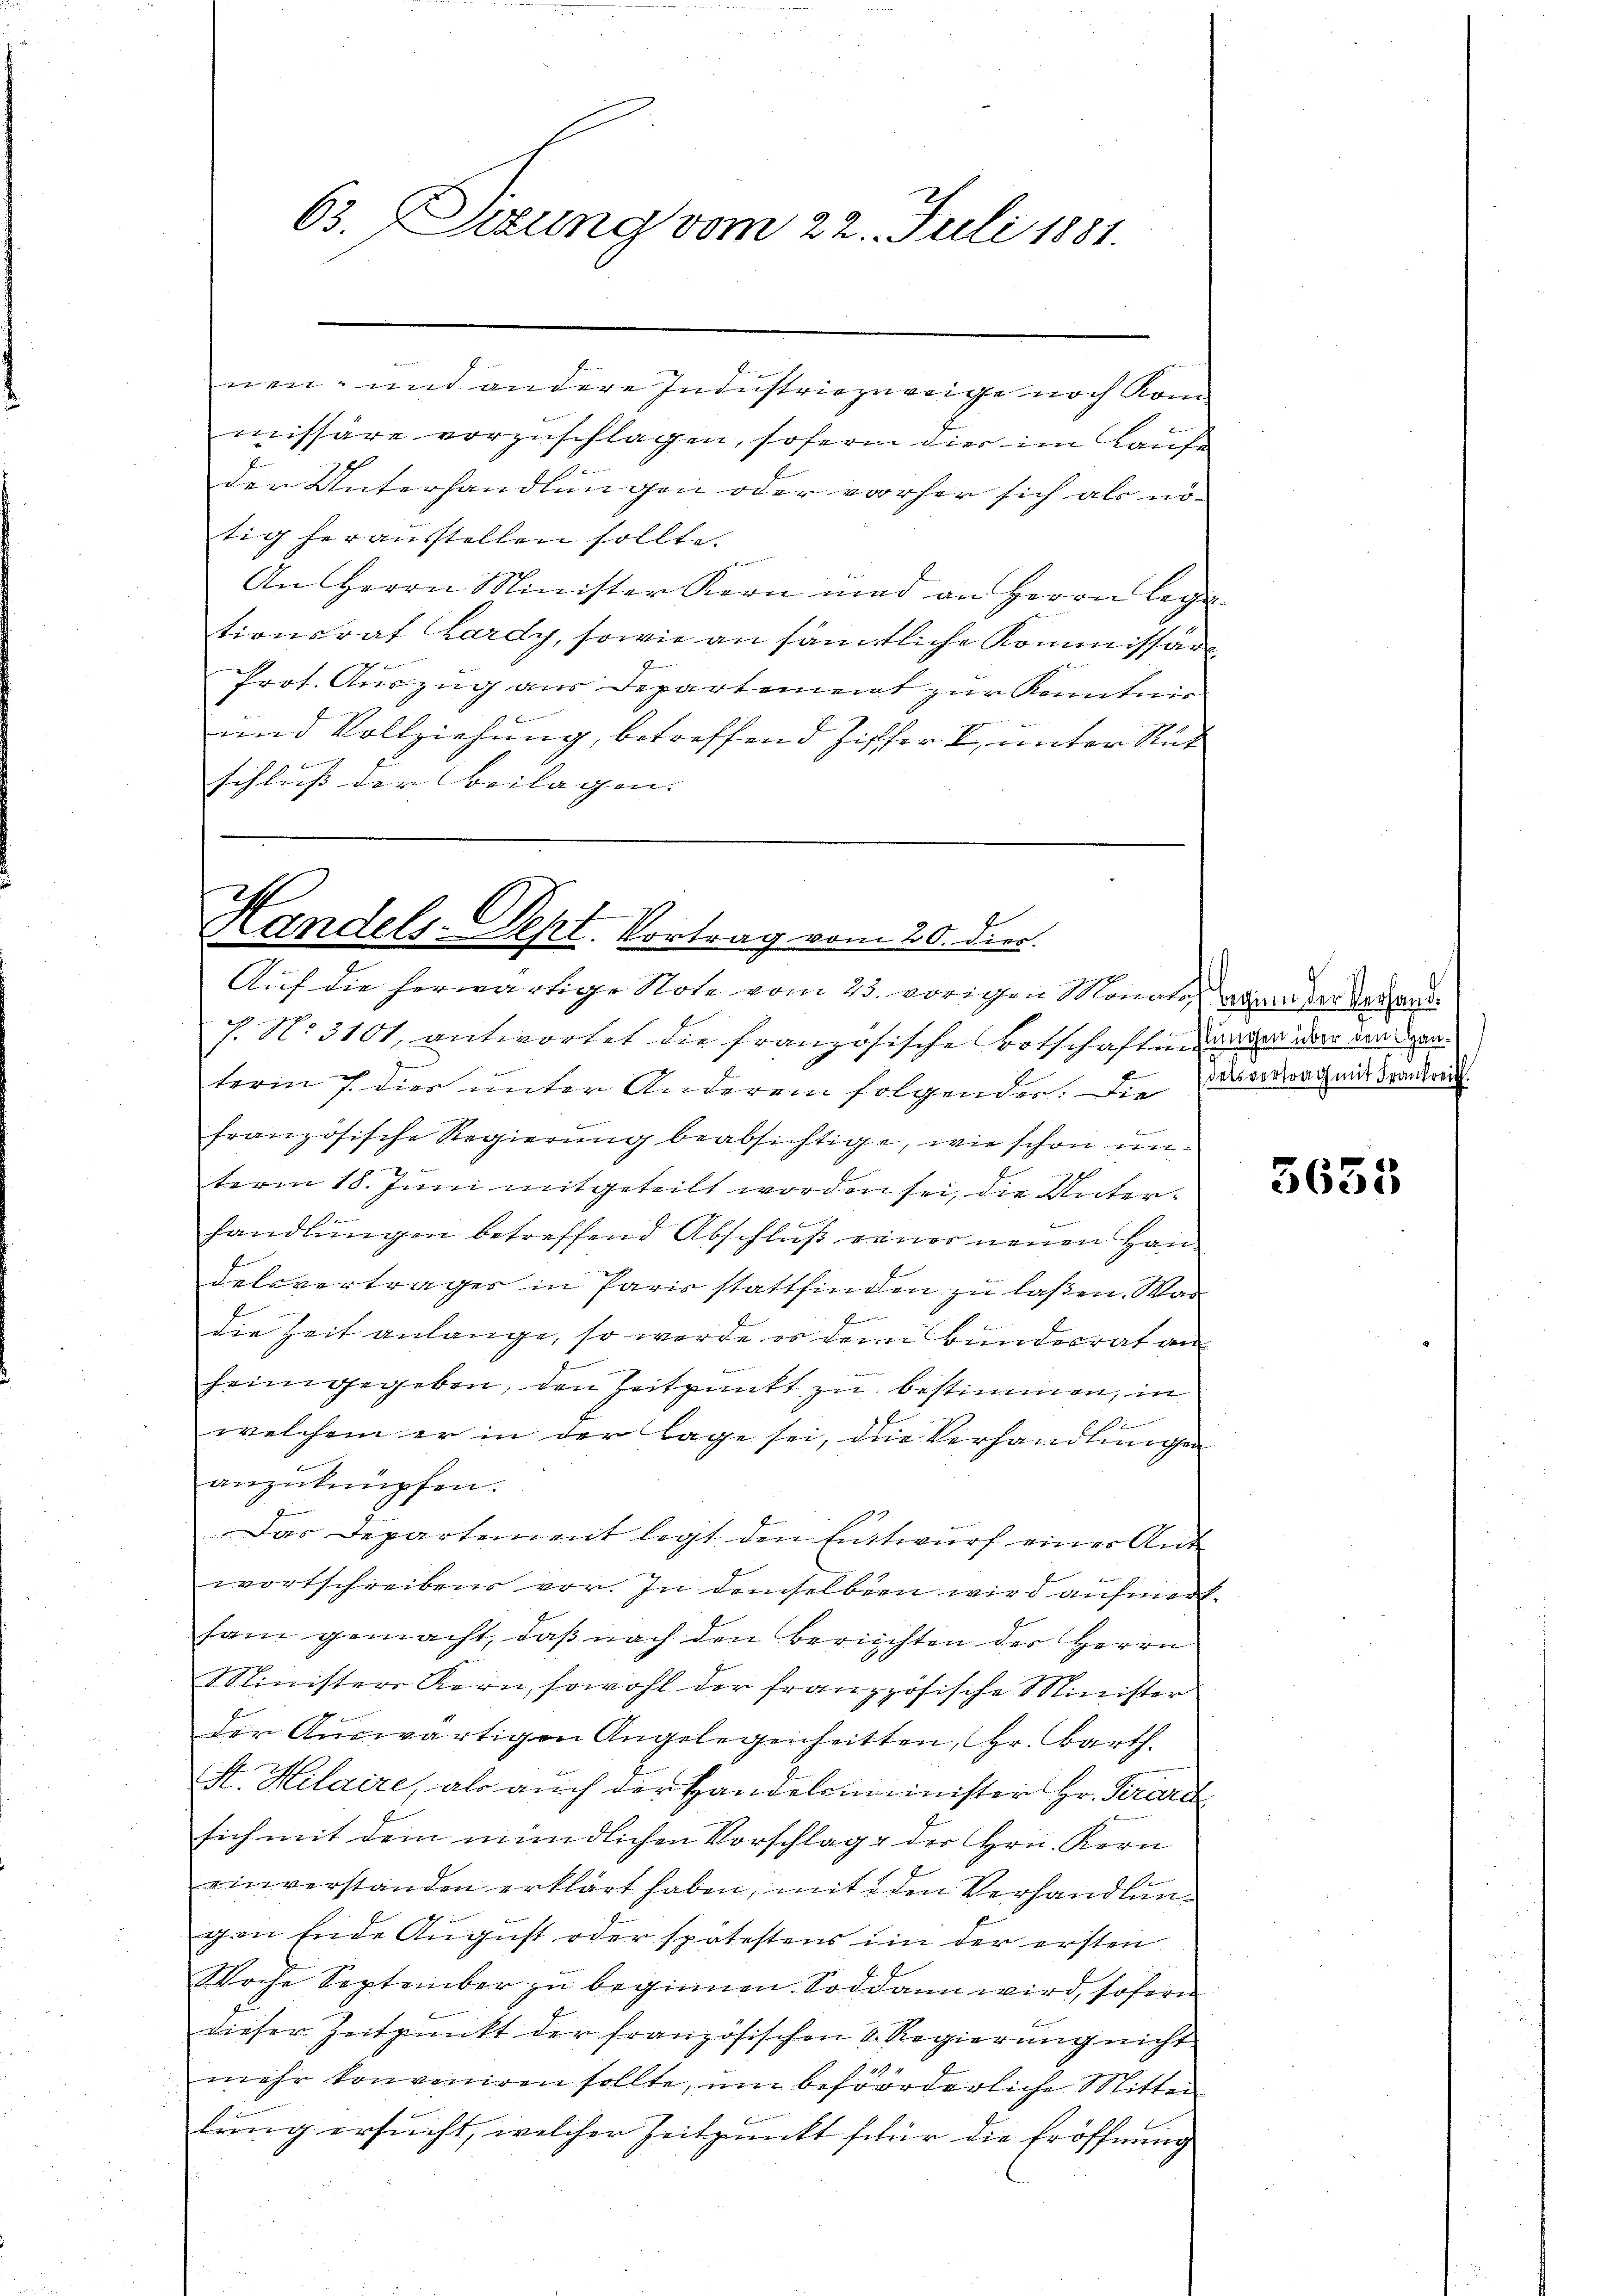
nen- und andere Industriezereige noch kom
missäre vorzuschlagen, sofern dies im Kaufe
der Unterhandlungen oder vorher sich als nö-
tig herausstellen sollte.
An Herrn Minister Kern und an Herrn Lega
tionsrat Lardy, sowie an sämtliche Kommissäre
Prot. Auszug aus Departement zur Kenntnis
und Vollziehung, betreffend Ziffer V unter Rut
schluß der Beilagen. |

9
63. Zeitung vom 22. Juli 1881.

.
Randels- Sept. Vortrag vom 20. die
Auf die herwärtige Note vom 23. vorigen Monate von der denen

h. N. 3101, antwortet die französische Botschaften dann der den Hanterm 7. dies unter Anderem folgender. Die Antrag mit Frankrei
französische Regierung beabsichtige, wie schon unterm 18. Juni mitgeteilt worden sei, die Unterhandlungen betreffend Abschluß einer neuen Han
delsverträger in Paris stattfinden zu laßen. Was
f
die Zeit anlange, so werde es dem Bundesrat an
e
heimgegeben, den Zeitpunkt zu bestimmen, in
e
welchem er in der lage sei, die Verhandlungen
anzuknüpfen.
Das Departement legt den Entwŭrf einer Ant-
wortschreibens vor. In demselben wird aufmerksam gemacht, daß nach den Berichten der Herrn
Ministers Korn, sowohl der französische Minister
der Auswärtigen Angelegenheitten, Hr. Barth.
M. Hilaire, als auch der Handelsminister Hr. Pirard
sich mit dem mündlichen Vorschlage der Hrn. Kern
einverstanden erklärt haben, mit den Verhandlungen Ende August oder spätestens im der ersten
Woche September zu beginnen. Sodann wird, sofern
dieser Zeitpunkt der französischen V. Regierung nicht
mehr konveniren sollte, um beförderliche Mitter
lung ersucht, welcher Zeitpunkt für die Eröffnung

2

3655